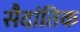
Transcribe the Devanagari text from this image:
सैदांतिक